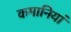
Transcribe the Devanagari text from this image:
कमानियां